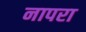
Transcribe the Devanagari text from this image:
नापरा